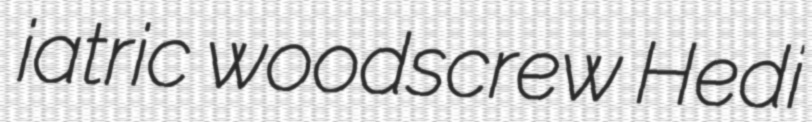
iatric woodscrew Hedi